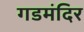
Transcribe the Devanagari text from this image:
गडमंदिर